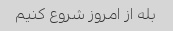
بله از امروز شروع کنیم